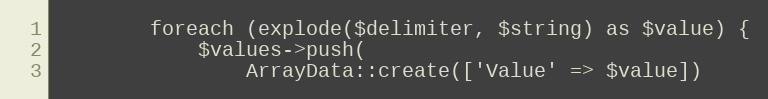
Language: PHP
        foreach (explode($delimiter, $string) as $value) {
            $values->push(
                ArrayData::create(['Value' => $value])